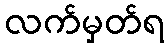
လက်မှတ်ရ